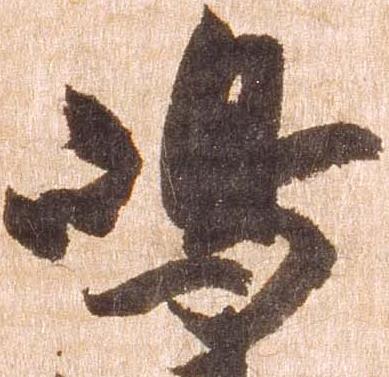
嶋